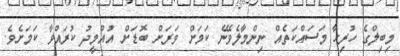
މިބިލްގެ ހުރިހާ މަސައްކަތެއް ނިންމާލެވޭނެ ކަަމަށް ވަރަށް ބޮޑަށް އުއްމީދު ކުރައްވާ ކަމަށެވެ.